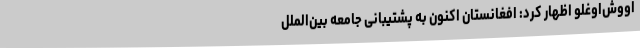
اووش‌اوغلو اظهار کرد: افغانستان اکنون به پشتیبانی جامعه بین‌الملل